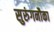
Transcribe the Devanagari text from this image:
सुरुंगनौका